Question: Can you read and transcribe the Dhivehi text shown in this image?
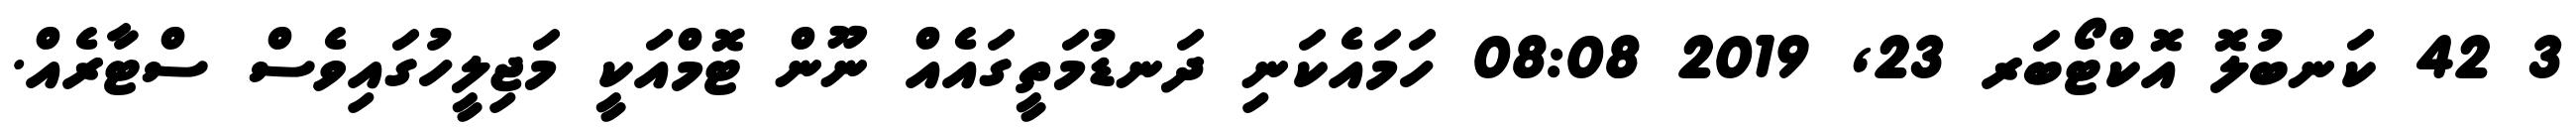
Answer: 3 42 ކަނބުލޮ އޮކްޓޯބަރ 23, 2019 08:08 ހަމައެކަނި ދަނޑުމަތީގައެއް ނޫން ޓޮމްއަކީ މަޖިލީހުގައިވެސް ސްޓާރެއް.